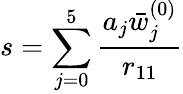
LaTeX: s=\sum_{j=0}^{5}{\frac{a_{j}{\bar{w}}_{j}^{(0)}}{r_{11}}}